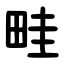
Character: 畦